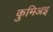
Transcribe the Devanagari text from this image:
कुमिअइ